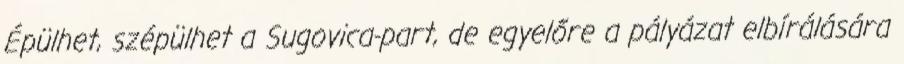
Épülhet, szépülhet a Sugovica-part, de egyelőre a pályázat elbírálására